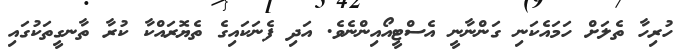
ހުރިހާ ތެލަށް ހަމައެކަނި ގަންނާނީ އެސްޓީއޯއިންނެވެ. އަދި ފެނަކައިގެ ތެޔޮރައްކާ ކުރާ ތާނގީތަކުގައި